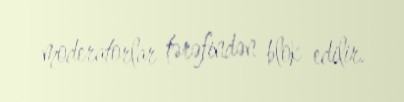
moderatorlar tərəfindən blok edilir.